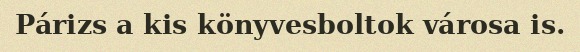
Párizs a kis könyvesboltok városa is.